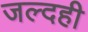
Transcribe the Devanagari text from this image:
जल्दही